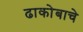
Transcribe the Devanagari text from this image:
ढाकोबाचे